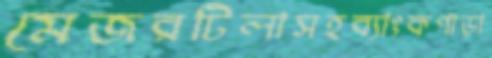
মেজরটিলাসহব্যাংকপাড়া